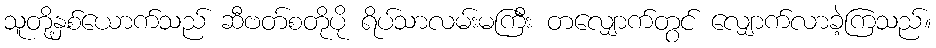
သူတို့နှစ်ယောက်သည် ဆီဗတ်စတိုပို ရိပ်သာလမ်းမကြီး တလျှောက်တွင် လျှောက်လာခဲ့ကြသည်။